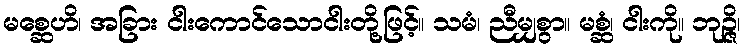
မစ္ဆေဟိ၊ အခြား ငါးကောင်သောငါးတို့ဖြင့်။ သမံ၊ ညီမျှစွာ။ မစ္ဆံ၊ ငါးကို။ ဘုဉ္ဇိ၊